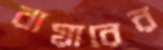
বায়ারের